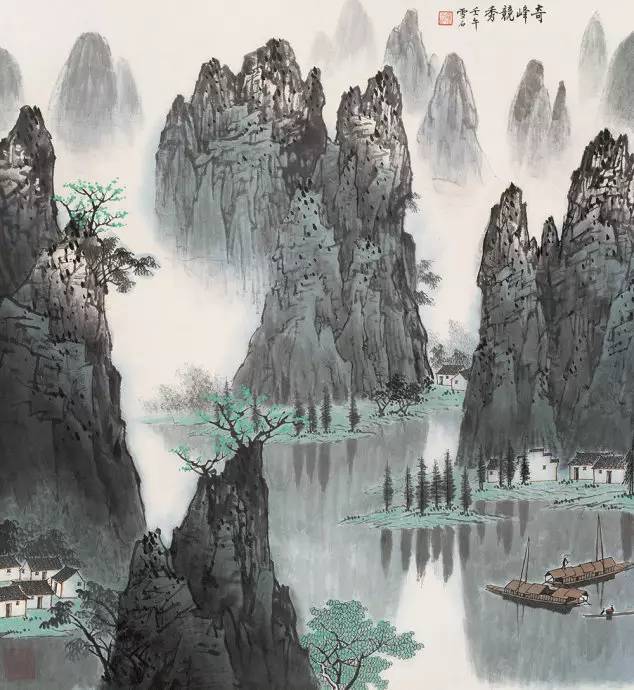
曲终人不见，江上数峰青。